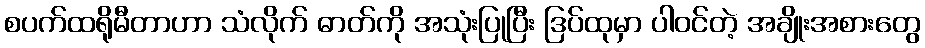
စပက်ထရိုမီတာဟာ သံလိုက် ဓာတ်ကို အသုံးပြုပြီး ဒြပ်ထုမှာ ပါဝင်တဲ့ အချိုးအစားတွေ